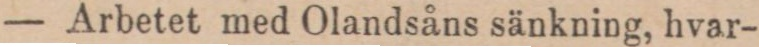
— Arbetet med Olandsåns sänkning, hvar-